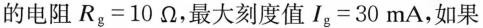
的电阻$$R _ { g } = 1 0 Ω$$，最大刻度值$$I _ { g } = 3 0 m A$$，如果